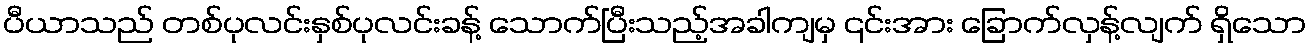
ပီယာသည် တစ်ပုလင်းနှစ်ပုလင်းခန့် သောက်ပြီးသည့်အခါကျမှ ၎င်းအား ခြောက်လှန့်လျက် ရှိသော